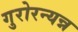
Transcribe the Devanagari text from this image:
गुरोरन्यन्न